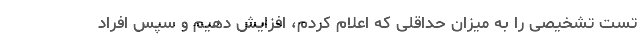
تست تشخیصی را به میزان حداقلی که اعلام کردم، افزایش دهیم و سپس افراد